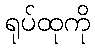
ရုပ်ထုကို